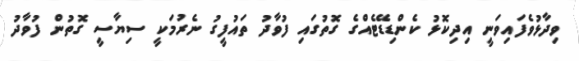
ވިދާޅުވެފައިވަނީ އިދިކޮޅު ކެންޑިޑޭޓެއްގެ ގޮތުގައި ފުވާދު ތައުފީގު ނެރުމަކީ ސިޔާސީ ގޮތުން ފުވާދު